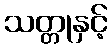
သတ္တုနှင့်